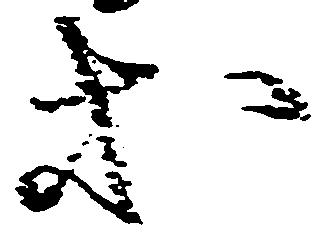
等